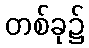
တစ်ခု၌